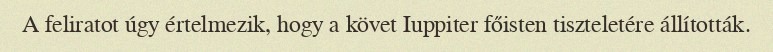
A feliratot úgy értelmezik, hogy a követ Iuppiter főisten tiszteletére állították.